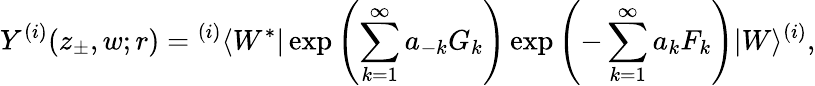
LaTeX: Y^{(i)}(z_{\pm},w;r)={}^{(i)}\langle W^{*}|\exp\left(\sum_{k=1}^{\infty}a_{-k}G_{k}\right)\exp\left(-\sum_{k=1}^{\infty}a_{k}F_{k}\right)|W\rangle^{(i)},